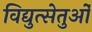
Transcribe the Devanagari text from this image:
विद्युत्सेतुओं